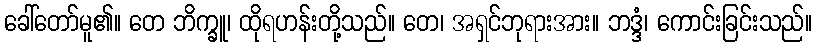
ခေါ်တော်မူ၏။ တေ ဘိက္ခူ၊ ထိုရဟန်းတို့သည်။ တေ၊ အရှင်ဘုရားအား။ ဘဒ္ဒံ၊ ကောင်းခြင်းသည်။